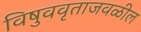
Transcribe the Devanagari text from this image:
विषुववृताजवळील